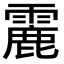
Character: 𩅄